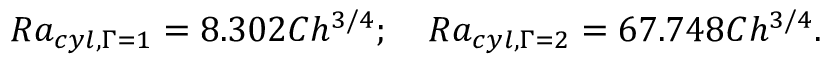
R a _ { c y l , \Gamma = 1 } = 8 . 3 0 2 C h ^ { 3 / 4 } ; \quad R a _ { c y l , \Gamma = 2 } = 6 7 . 7 4 8 C h ^ { 3 / 4 } .